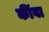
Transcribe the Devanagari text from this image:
कींवा